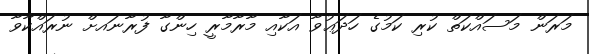
މަރަން މަސައްކަތް ކުރި ކަމުގެ ހަދަޢުވާ އަކާއި މާރާމާރީ ހިންގާ ފުރާނައށް ނުރައްކާވާ